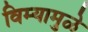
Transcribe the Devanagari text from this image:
विम्यामुळे